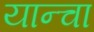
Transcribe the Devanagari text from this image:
यान्चा